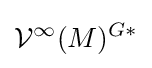
{\mathcal {V}}^{\infty }(M)^{G*}